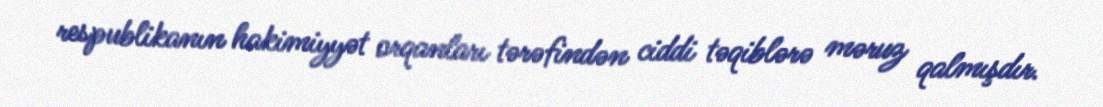
respublikanın hakimiyyət orqanları tərəfindən ciddi təqiblərə məruz qalmışdır.